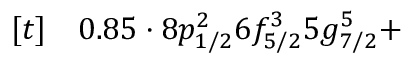
\begin{array} { r l } { [ t ] } & { { } 0 . 8 5 \cdot 8 p _ { 1 / 2 } ^ { 2 } 6 f _ { 5 / 2 } ^ { 3 } 5 g _ { 7 / 2 } ^ { 5 } + } \end{array}